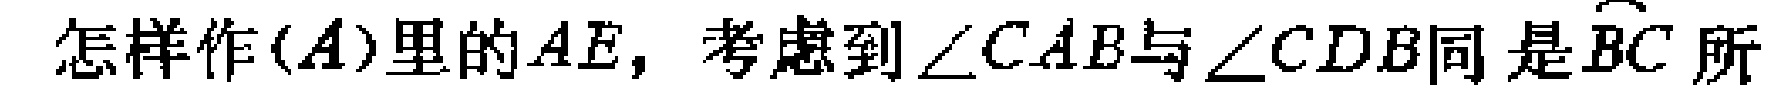
怎样作$(A)$里的$AE$，考虑到$\angle CAB$与$\angle CDB$同是$\overset{\frown}{BC}$所